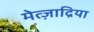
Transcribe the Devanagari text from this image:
मेत्ज़ाद्रिया